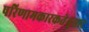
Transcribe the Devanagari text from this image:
परिणामकारकतेनुसार